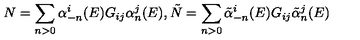
N = \sum _ { n > 0 } \alpha _ { - n } ^ { i } ( E ) G _ { i j } \alpha _ { n } ^ { j } ( E ) , \tilde { N } = \sum _ { n > 0 } \tilde { \alpha } _ { - n } ^ { i } ( E ) G _ { i j } \tilde { \alpha } _ { n } ^ { j } ( E )